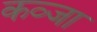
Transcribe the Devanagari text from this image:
कव्जा